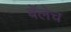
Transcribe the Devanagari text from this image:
बॅलेच